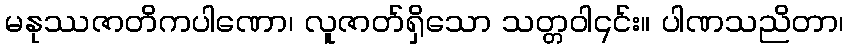
မနုဿဇာတိကပါဏော၊ လူဇာတ်ရှိသော သတ္တဝါ၎င်း။ ပါဏသညိတာ၊